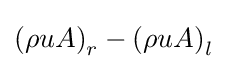
\left(\rho uA\right)_{r}-\left(\rho uA\right)_{l}